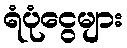
ရံပုံငွေများ